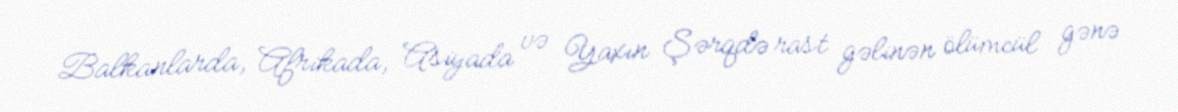
Balkanlarda, Afrikada, Asiyada və Yaxın Şərqdə rast gəlinən ölümcül gənə